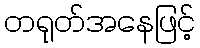
တရုတ်အနေဖြင့်